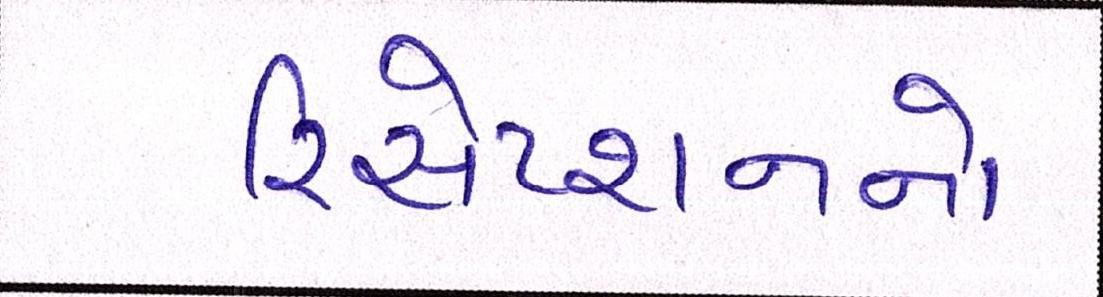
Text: રિસેપ્શનનો